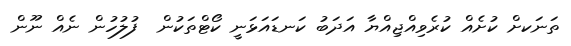
ތަނަކށް ކުށެއް ކުރެވިއްޖިއްޔާ އަދަބު ކަނޑައަޅަނީ ކޯޓްތަކުން  ފުލުހުން ނެއް ނޫން